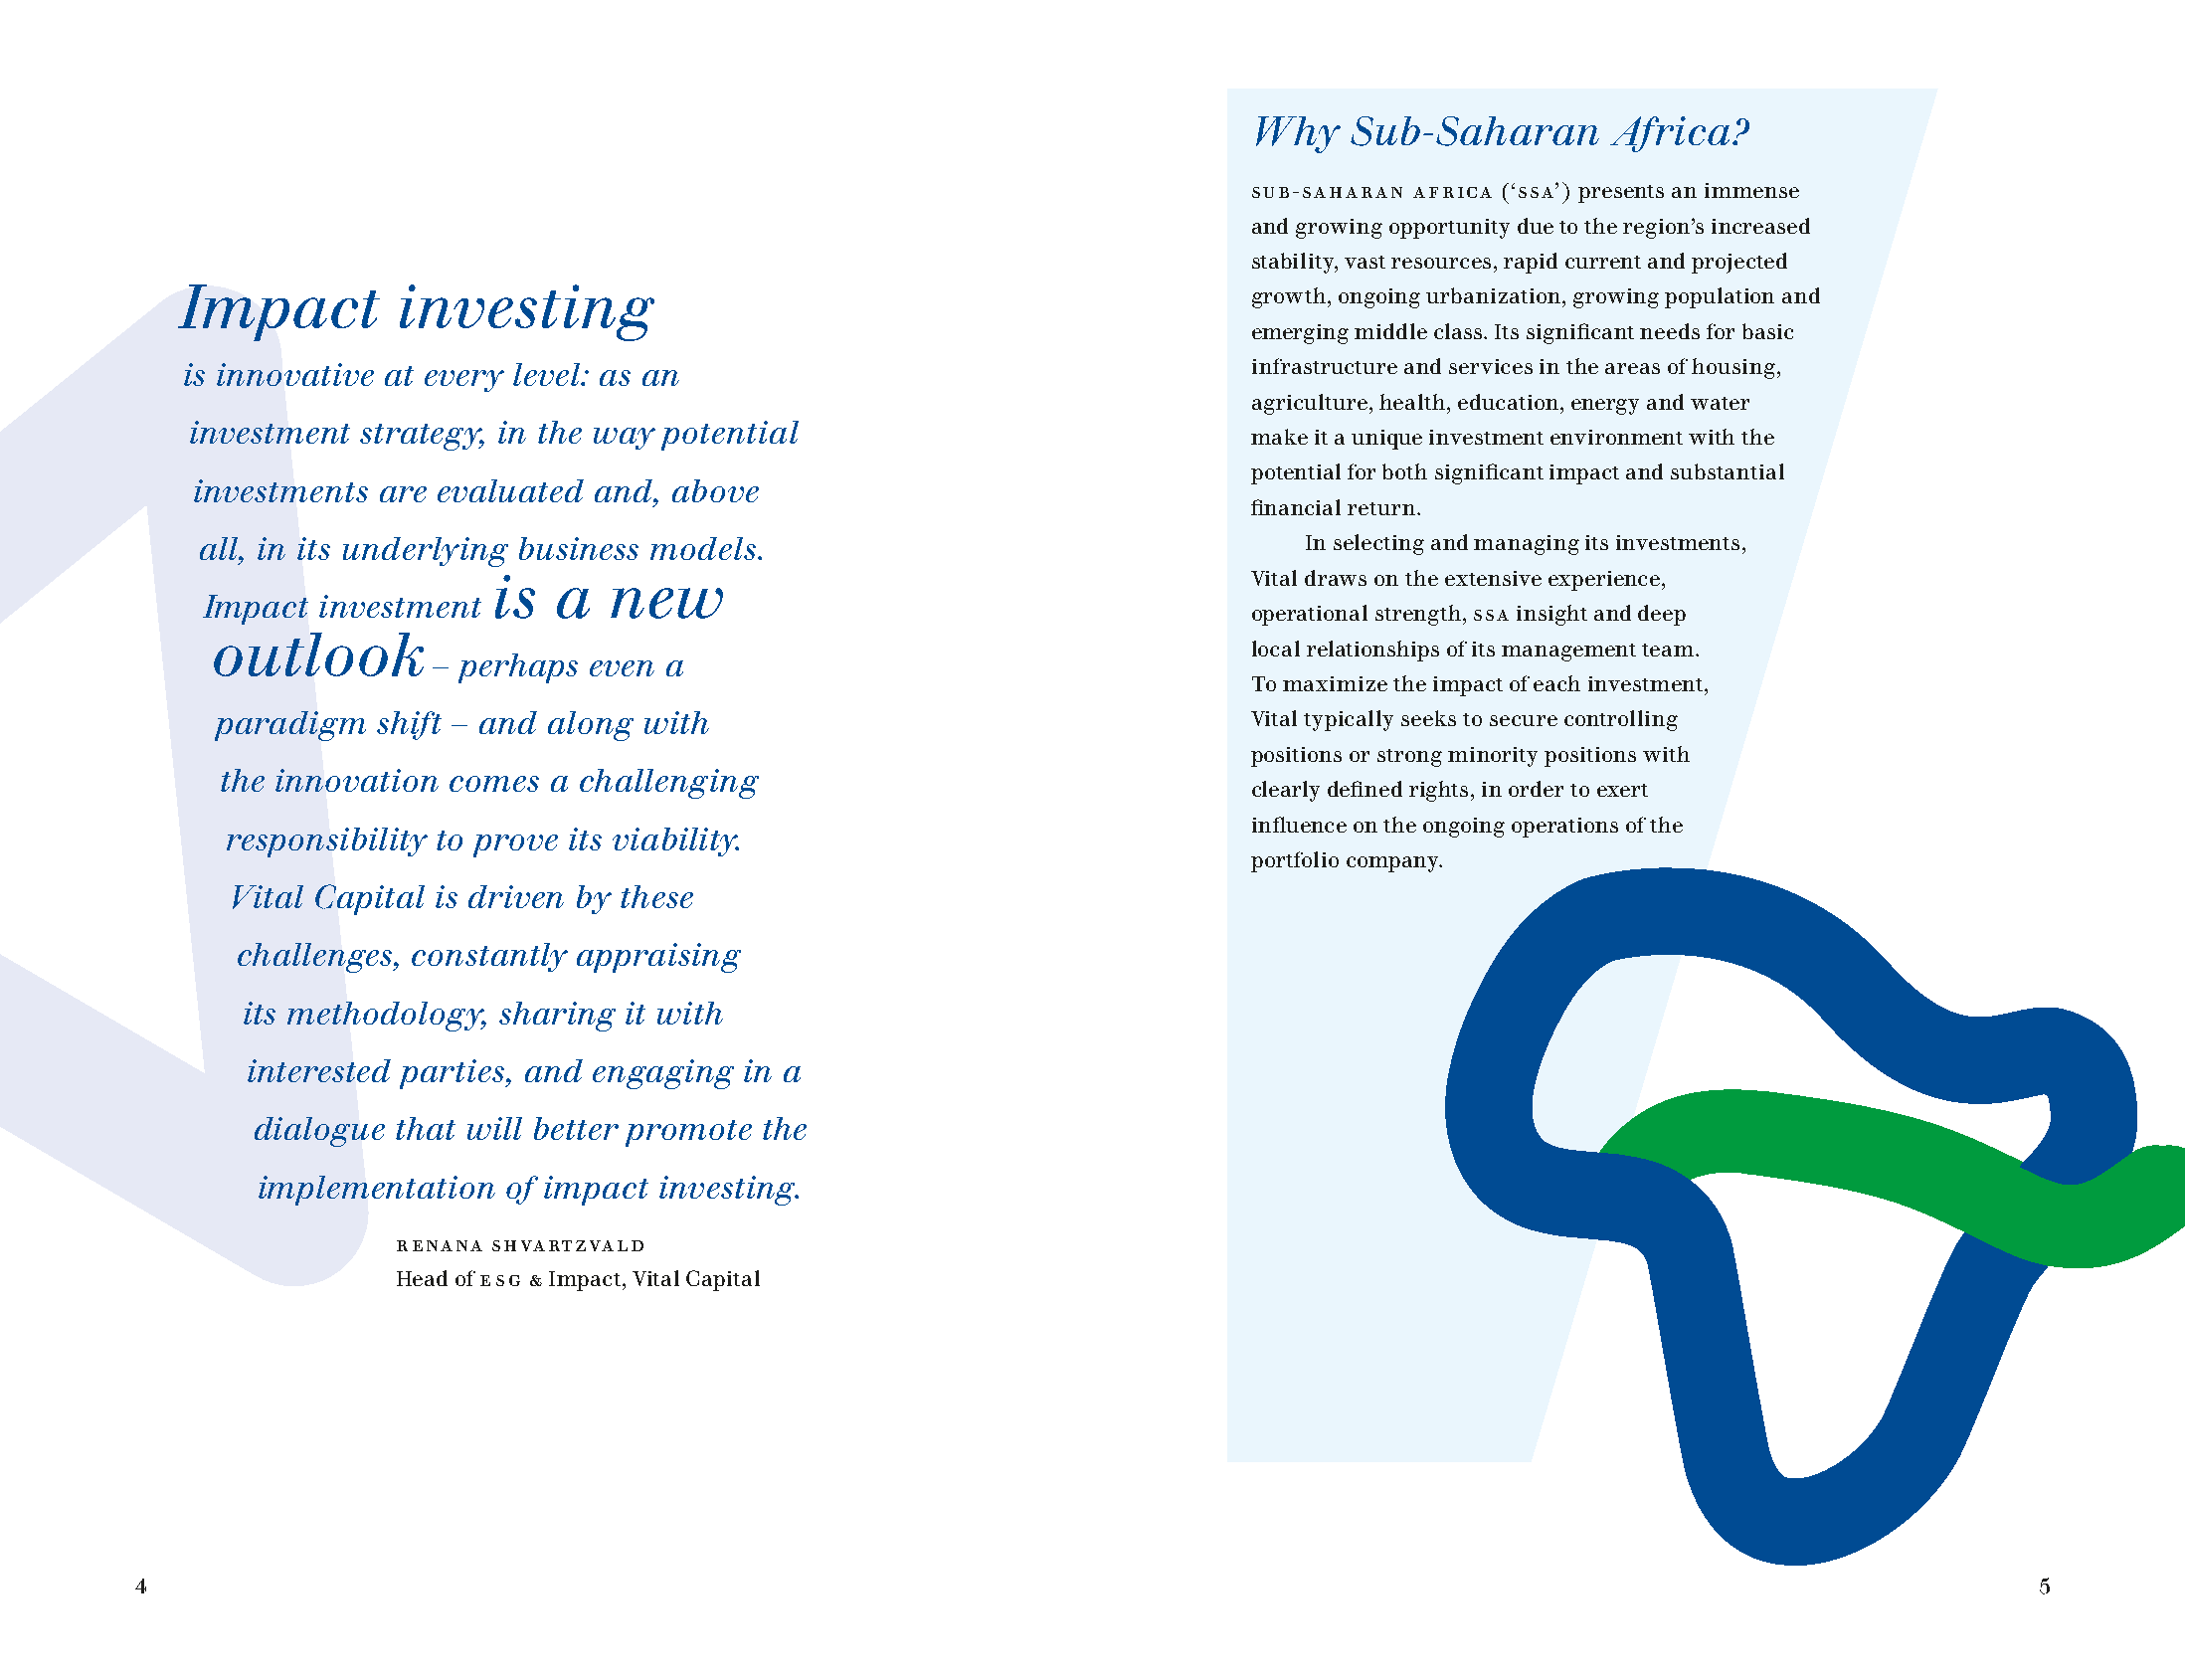
Why    Sub-Saharan      Africa?
 Sub-Saharan Africa (‘ssa’) presents an immense
 and growing opportunity due to the region’s increased
 stability, vast resources, rapid current and projected
 Impact        investing                                                growth, ongoing urbanization, growing population and
 emerging middle class. Its significant needs for basic
 is innovative at every level: as an                                    infrastructure and services in the areas of housing,
 agriculture, health, education, energy and water
 investment  strategy, in the way potential
 make it a unique investment environment with the
 potential for both significant impact and substantial
 investments are evaluated and,  above
 financial return.
 all, in its underlying business models.                                   In selecting and managing its investments,
 is  a  new                                        Vital draws on the extensive experience,
 Impact  investment
 operational strength, SSA insight and deep
 outlook
 local relationships of its management team.
 – perhaps even a
 To maximize the impact of each investment,
 paradigm   shift – and along with                                    Vital typically seeks to secure controlling
 positions or strong minority positions with
 the innovation comes  a challenging
 clearly defined rights, in order to exert
 influence on the ongoing operations of the
 responsibility to prove its viability.
 portfolio company.
 Vital Capital is driven by these
 challenges, constantly appraising
 its methodology, sharing  it with
 interested parties, and engaging in a
 dialogue that will better promote the
 implementation   of impact investing.
 Renana Shvartzvald
 Head of ESG & Impact, Vital Capital
 4                                                                                                                              5